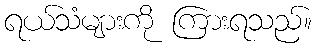
ရယ်သံများကို ကြားရသည်။